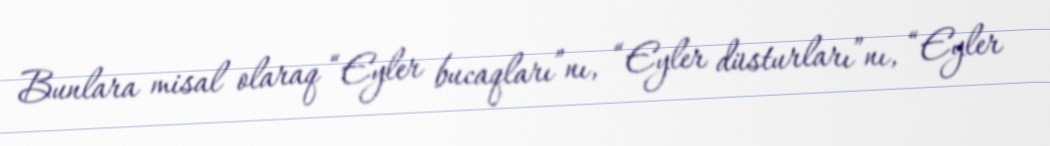
Bunlara misal olaraq “Eyler bucaqları”nı, “Eyler düsturları”nı, “Eyler